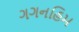
ગગનહિમ